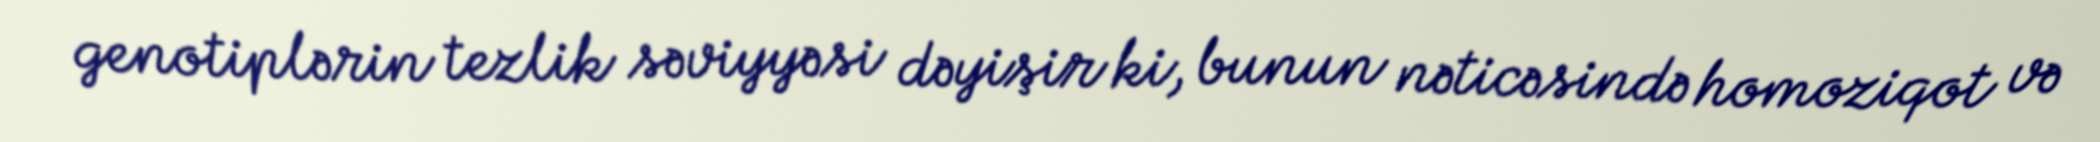
genotiplərin tezlik səviyyəsi dəyişir ki, bunun nəticəsində homoziqot və